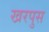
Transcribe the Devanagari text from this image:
खरपुस